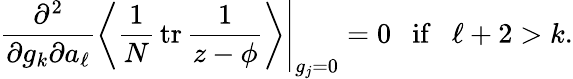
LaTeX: \left.\frac{\partial^{2}}{\partial g_{k}\partial a_{\ell}}\left\langle\frac 1N\, \mathrm{tr}\, \frac{1}{z-\phi}\right\rangle\right|_{g_{j}=0}=0\ \ \mathrm{~if~}\ \ \ell+2>k.